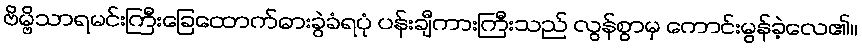
ဗိမ္ဗိသာရမင်းကြီးခြေထောက်ဓားခွဲခံရပုံ ပန်းချီကားကြီးသည် လွန်စွာမှ ကောင်းမွန်ခဲ့လေ၏။